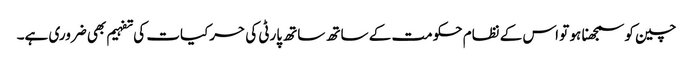
چین کو سمجھنا ہو تو اس کے نظام حکومت کے ساتھ ساتھ پارٹی کی حرکیات کی تفہیم بھی ضروری ہے۔